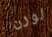
لورن